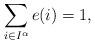
LaTeX: \begin{align*}\sum_{i\in I^{\alpha}}e(i)=1,\end{align*}